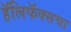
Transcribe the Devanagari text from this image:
हॅलिफॅक्सचा